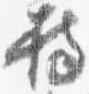
持